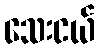
သေးငယ်